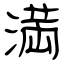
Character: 満